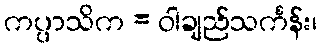
ကပ္ပာသိက = ဝါချည်သင်္ကန်း၊